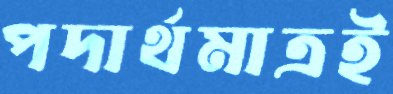
পদার্থমাত্রই